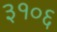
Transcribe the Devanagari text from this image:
३१०६